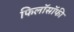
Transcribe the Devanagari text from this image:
फिलाॅसाॅफी